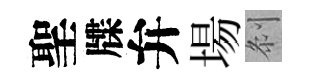
聖牒弁場𠛴